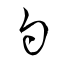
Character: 勺